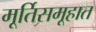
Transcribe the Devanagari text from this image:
मूर्तिसमूहात